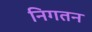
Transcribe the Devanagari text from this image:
निगतन